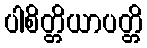
ပါစိတ္တိယာပတ္တိ